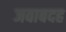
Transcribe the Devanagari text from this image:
जवाबदह